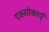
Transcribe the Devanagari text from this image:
एक्सोकार्प्